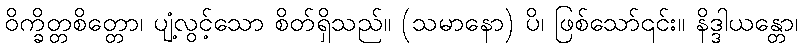
ဝိက္ခိတ္တစိတ္တော၊ ပျံ့လွင့်သော စိတ်ရှိသည်။ (သမာနော) ပိ၊ ဖြစ်သော်၎င်း။ နိဒ္ဒါယန္တော၊